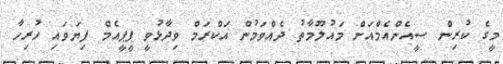
މީގެ ކުރިން ސީއެންއެމްއަށް މައުލޫމާތު ދެއްވަމުން އަކްރަމް ވިދާޅުވީ ޕީޕީއެމް ފިޔަވައި ހުރިހާ